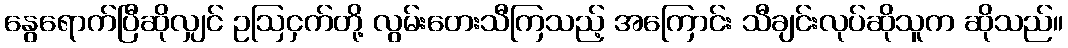
နွေရောက်ပြီဆိုလျှင် ဥဩငှက်တို့ လွမ်းတေးသီကြသည့် အကြောင်း သီချင်းလုပ်ဆိုသူက ဆိုသည်။